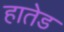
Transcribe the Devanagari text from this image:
हातेड